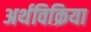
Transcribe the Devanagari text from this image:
अर्थविक्रिया